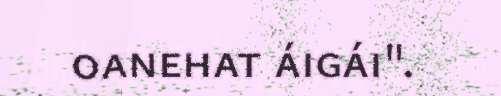
oanehat áigái".